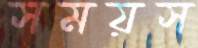
সময়স